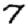
Digit: 7